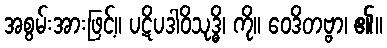
အစွမ်းအားဖြင့်။ ပဋိပဒါဝိသုဒ္ဓိ၊ ကို။ ဝေဒိတဗ္ဗာ၊ ၏။